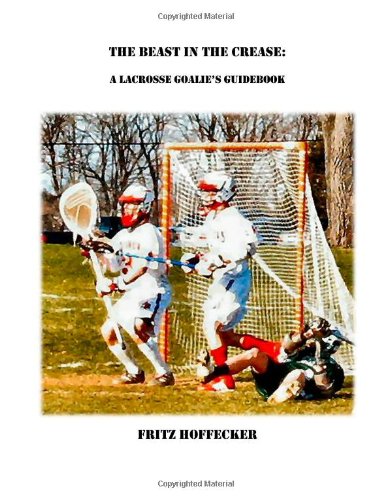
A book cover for The Beast In The Crease: A Lacrosse Goalie's Guidebook; Fritz Hoffecker; Sports & Outdoors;